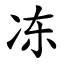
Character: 冻